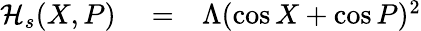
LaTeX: \begin{array}{rlr}{\mathcal{H}_{s}(X,P)}&{{}=}&{\Lambda(\cos X+\cos P)^{2}}\end{array}